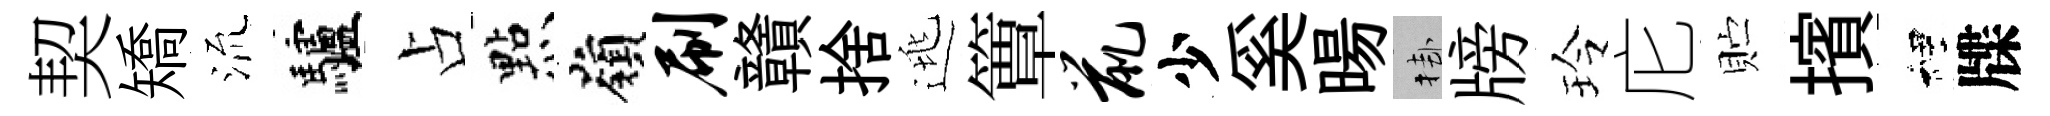
契矯𣴑驢占㸃嶺刷贛捨逃簟鼠少奚暘挂牓玲庀贮擯裡牒